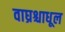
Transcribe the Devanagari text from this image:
वाघ्रश्चाधूल